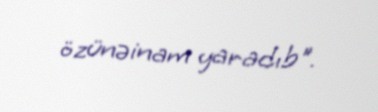
özünəinam yaradıb".